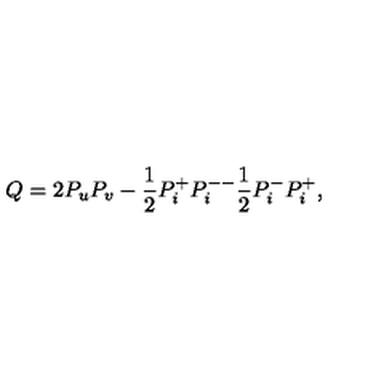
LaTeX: Q = 2 P _ { u } P _ { v } - \frac { 1 } { 2 } P _ { i } ^ { + } P _ { i } ^ { -- } \frac { 1 } { 2 } P _ { i } ^ { - } P _ { i } ^ { + } ,